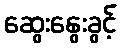
ဆွေးနွေးခွင့်